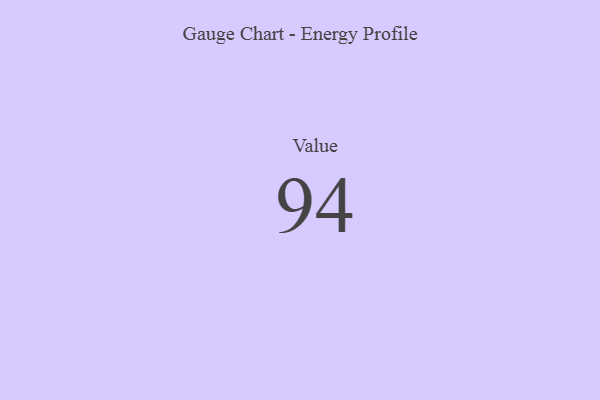
{"axis": {"x": "Metric", "y": "Value"}, "legend": [""], "data": [{"x": "Value", "y": 94, "type": ""}]}